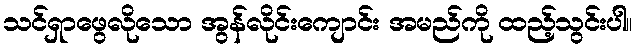
သင်ရှာဖွေလိုသော အွန်လိုင်းကျောင်း အမည်ကို ထည့်သွင်းပါ။